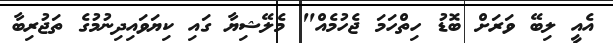
އެއީ ލިބޭ ވަރަށް ބޮޑު ހިތްހަމަ ޖެހުމެއް" މެލޭޝިޔާ ގައި ކިޔަވައިދިނުމުގެ ތަޖުރިބާ